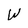
Character: W